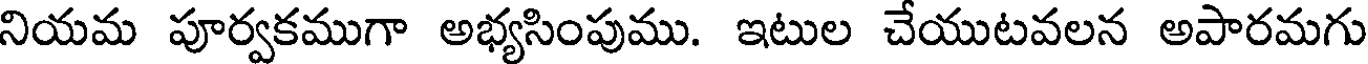
నియమ పూర్వకముగా అభ్యసింపుము. ఇటుల చేయుటవలన అపారమగు